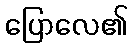
ပြောလေ၏